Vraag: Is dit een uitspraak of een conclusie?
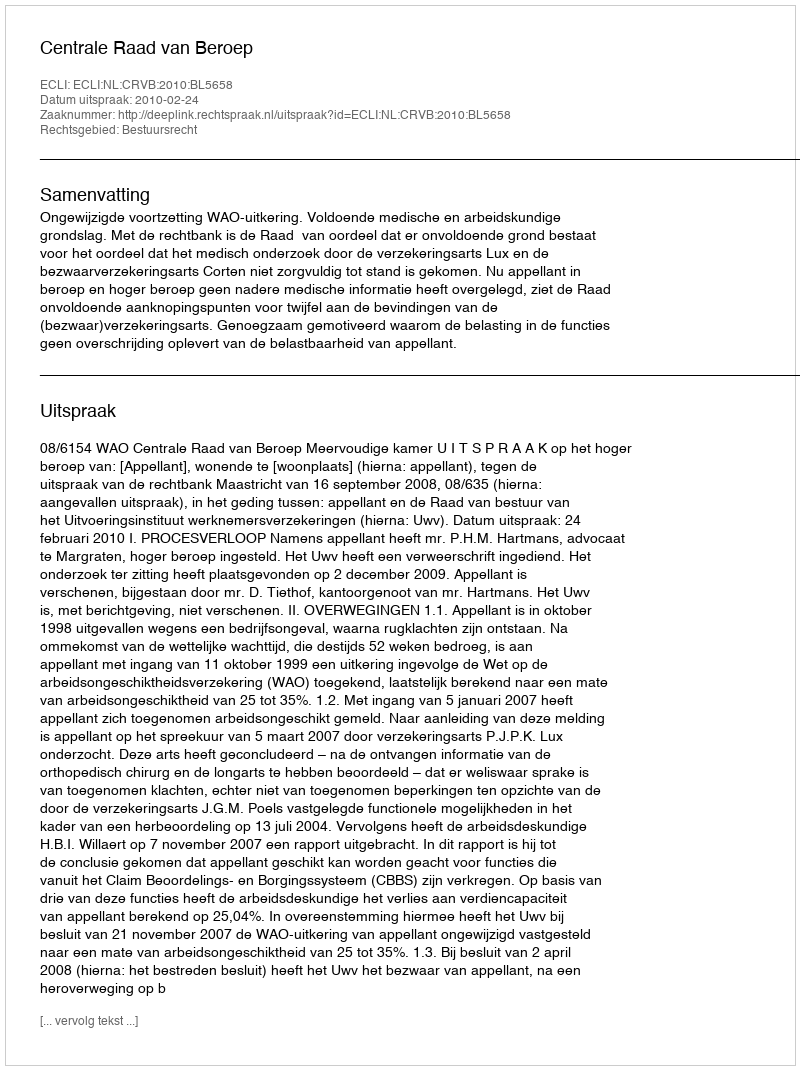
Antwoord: Uitspraak